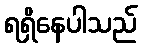
ရရှိနေပါသည်